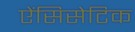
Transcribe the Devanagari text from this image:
ऐंसिसेटिक